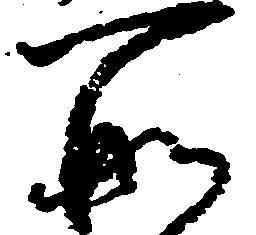
所